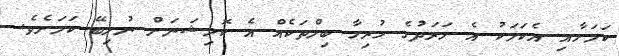
ކަމަށާއި އެކަމަކު އެ ހަރަދުގެ ހުރިހާ ބިލްތަކެއް އެ ކޮމިޝަނަށް ނުލިބޭ ކަމަށެވެ.